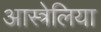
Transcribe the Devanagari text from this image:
आस्त्रेलिया